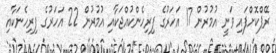
ރޭޕްކޮށްފައި ވަނީ އުމުރުން 17 އަހަރުގެ ފިރިހެންކުއްޖަކާއި އުމުރުން 22 އަހަރުގެ ފިރިހެނަކާއި